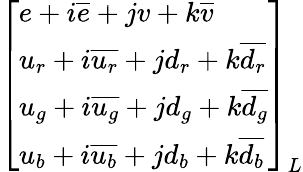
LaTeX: {\left[\begin{array}{l}{e+i{\overline{{e}}}+jv+k{\overline{{v}}}}\\ {u_{r}+i{\overline{{u_{r}}}}+jd_{r}+k{\overline{{d_{r}}}}}\\ {u_{g}+i{\overline{{u_{g}}}}+jd_{g}+k{\overline{{d_{g}}}}}\\ {u_{b}+i{\overline{{u_{b}}}}+jd_{b}+k{\overline{{d_{b}}}}}\end{array}\right]}_{L}